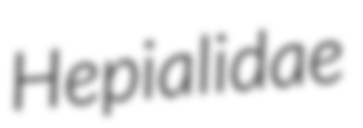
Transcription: Hepialidae